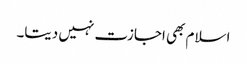
اسلام بھی اجازت نہیں دیتا۔